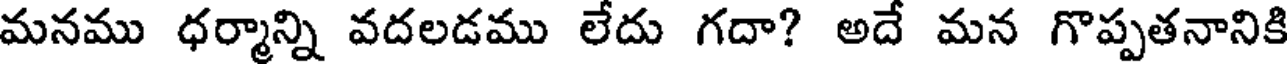
మనము ధర్మాన్ని వదలడము లేదు గదా? అదే మన గొప్పతనానికి